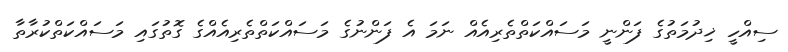
ސިއްހީ ޚިދުމަތުގެ ފަންނީ މަސައްކަތްތެރިއެއް ނަމަ އެ ފަންނުގެ މަސައްކަތްތެރިއެއްގެ ގޮތުގައި މަސައްކަތްކުރާތާ